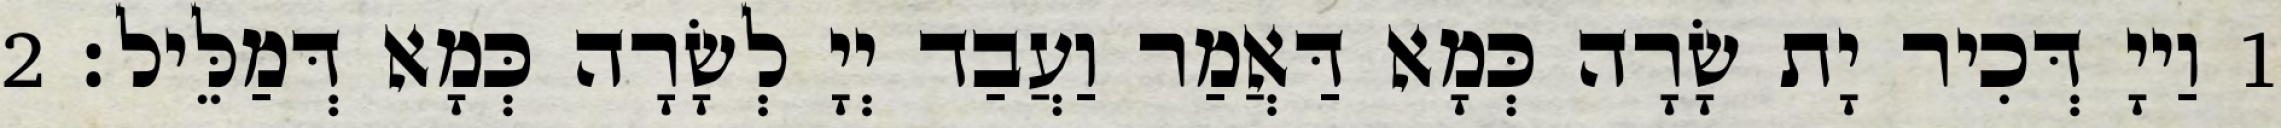
1 וַייָ דְּכִיר יָת שָׂרָה כְּמָא דַּאֲמַר וַעֲבַד יְיָ לְשָׂרָה כְּמָא דְּמַלֵּיל׃ 2